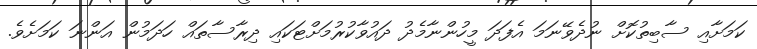
ކަމަށާއި ސާބިތުކޮށް ނުދެވޭނަމަ އެފަދަ މީހުންނާމެދު ދައުވާކުރުމަށްޓަކައި ދިރާސާތައް ހަދަމުން އަންނަ ކަމަށެވެ.